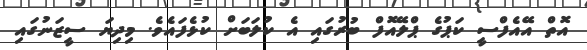
އޮތް އޭއެފްސީ ކަޕުގެ ޕްލޭއޮފް ބުރުގައި އެ ކުލަބަށް ކުޅެފައެވެ. މިދިޔަ ސީޒަނުގައި